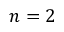
n = 2